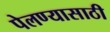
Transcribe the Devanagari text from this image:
पेलण्‍यासाठी